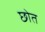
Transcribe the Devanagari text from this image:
छोत